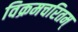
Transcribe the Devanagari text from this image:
विक्रमचरितम्